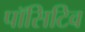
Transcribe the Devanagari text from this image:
पॉसिटिव